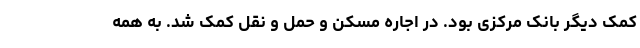
کمک دیگر بانک مرکزی بود. در اجاره مسکن و حمل و نقل کمک شد. به همه